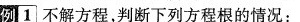
例[1]不解方程，判断下列方程根的情况：